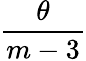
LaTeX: \frac{\theta}{m-3}